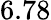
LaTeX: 6.78